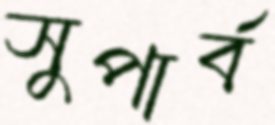
সুপার্ব